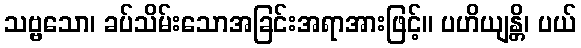
သဗ္ဗသော၊ ခပ်သိမ်းသောအခြင်းအရာအားဖြင့်။ ပဟိယျန္တိ၊ ပယ်